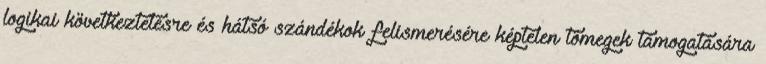
logikai következtetésre és hátsó szándékok felismerésére képtelen tömegek támogatására